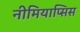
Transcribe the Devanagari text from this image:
नीमियाप्सिस